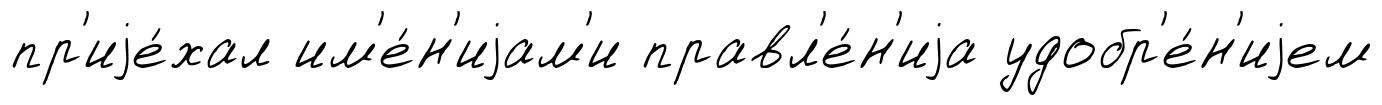
пр'иjе́хал им'е́н'иjам'и правл'е́н'иjа удобр'е́н'иjем